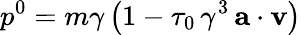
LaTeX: p^{0}=m\gamma\, \bigl(1-\tau_{0}\, \gamma^{3}\, {\mathbf a}\cdot{\mathbf v}\bigr)